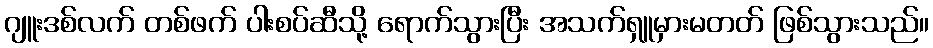
ဂျူးဒစ်လက် တစ်ဖက် ပါးစပ်ဆီသို့ ရောက်သွားပြီး အသက်ရှူမှားမတတ် ဖြစ်သွားသည်။